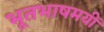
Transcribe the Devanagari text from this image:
भूतभाषमयीं